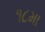
૧૮મા